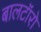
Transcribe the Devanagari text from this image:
बालटॉरो